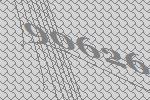
90626